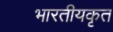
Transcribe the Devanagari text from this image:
भारतीयकृत